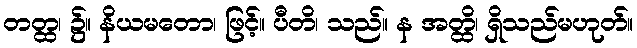
တတ္ထ၊ ၌။ နိယမတော၊ ဖြင့်။ ပီတိ၊ သည်။ န အတ္ထိ၊ ရှိသည်မဟုတ်။